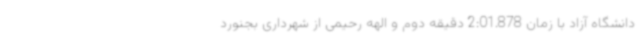
دانشگاه آزاد با زمان 2:01.878 دقیقه دوم و الهه رحیمی از شهرداری بجنورد